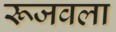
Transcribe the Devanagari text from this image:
रूजवला